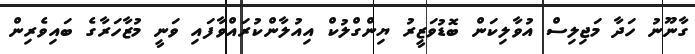
ގާނޫނު ހަދާ މަޖިލިސް އުވާލިކަން ބޮޑުވަޒީރު ޔިންގްލުކް އިއުލާންކުރައްވާފައި ވަނީ މުޒާހަރާގެ ބައިވެރިން